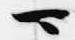
可